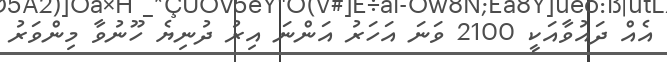
އެއް ދައުވާއަކީ 2100 ވަނަ އަހަރު އަންނަ އިރު ދުނިޔެ ހޫނުވާ މިންވަރު